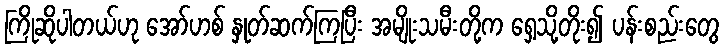
ကြိုဆိုပါတယ်ဟု အော်ဟစ် နှုတ်ဆက်ကြပြီး အမျိုးသမီးတို့က ရှေ့သို့တိုး၍ ပန်းစည်းတွေ